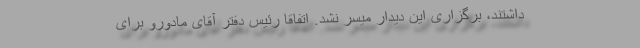
داشتند، برگزاری این دیدار میسر نشد. اتفاقا رئیس دفتر آقای مادورو برای